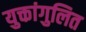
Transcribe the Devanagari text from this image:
युक्तांगुलित